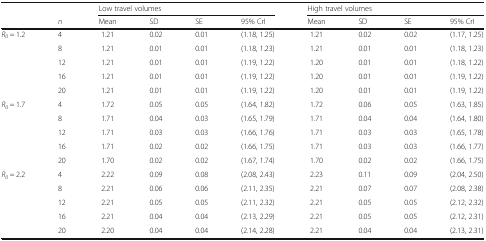
<table><thead><tr><td rowspan="2"></td><td></td><td colspan="4"><b>Low travel volumes</b></td><td colspan="4"><b>High travel volumes</b></td></tr><tr><td><b><i>n</i></b></td><td><b>Mean</b></td><td><b>SD</b></td><td><b>SE</b></td><td><b>95% CrI</b></td><td><b>Mean</b></td><td><b>SD</b></td><td><b>SE</b></td><td><b>95% CrI</b></td></tr></thead><tbody><tr><td rowspan="5"><i>R</i><sub><i>0</i></sub> = 1.2</td><td>4</td><td>1.21</td><td>0.02</td><td>0.01</td><td>(1.18, 1.25)</td><td>1.21</td><td>0.02</td><td>0.02</td><td>(1.17, 1.25)</td></tr><tr><td>8</td><td>1.21</td><td>0.01</td><td>0.01</td><td>(1.18, 1.23)</td><td>1.21</td><td>0.01</td><td>0.01</td><td>(1.18, 1.23)</td></tr><tr><td>12</td><td>1.21</td><td>0.01</td><td>0.01</td><td>(1.19, 1.22)</td><td>1.20</td><td>0.01</td><td>0.01</td><td>(1.18, 1.22)</td></tr><tr><td>16</td><td>1.21</td><td>0.01</td><td>0.01</td><td>(1.19, 1.22)</td><td>1.20</td><td>0.01</td><td>0.01</td><td>(1.19, 1.22)</td></tr><tr><td>20</td><td>1.21</td><td>0.01</td><td>0.01</td><td>(1.19, 1.22)</td><td>1.20</td><td>0.01</td><td>0.01</td><td>(1.19, 1.22)</td></tr><tr><td rowspan="5"><i>R</i><sub><i>0</i></sub> = 1.7</td><td>4</td><td>1.72</td><td>0.05</td><td>0.05</td><td>(1.64, 1.82)</td><td>1.72</td><td>0.06</td><td>0.05</td><td>(1.63, 1.85)</td></tr><tr><td>8</td><td>1.71</td><td>0.04</td><td>0.03</td><td>(1.65, 1.79)</td><td>1.71</td><td>0.04</td><td>0.04</td><td>(1.64, 1.80)</td></tr><tr><td>12</td><td>1.71</td><td>0.03</td><td>0.03</td><td>(1.66, 1.76)</td><td>1.71</td><td>0.03</td><td>0.03</td><td>(1.65, 1.78)</td></tr><tr><td>16</td><td>1.71</td><td>0.02</td><td>0.02</td><td>(1.66, 1.75)</td><td>1.71</td><td>0.03</td><td>0.03</td><td>(1.66, 1.77)</td></tr><tr><td>20</td><td>1.70</td><td>0.02</td><td>0.02</td><td>(1.67, 1.74)</td><td>1.70</td><td>0.02</td><td>0.02</td><td>(1.66, 1.75)</td></tr><tr><td rowspan="5"><i>R</i><sub><i>0</i></sub> = 2.2</td><td>4</td><td>2.22</td><td>0.09</td><td>0.08</td><td>(2.08, 2.43)</td><td>2.23</td><td>0.11</td><td>0.09</td><td>(2.04, 2.50)</td></tr><tr><td>8</td><td>2.21</td><td>0.06</td><td>0.06</td><td>(2.11, 2.35)</td><td>2.21</td><td>0.07</td><td>0.07</td><td>(2.08, 2.38)</td></tr><tr><td>12</td><td>2.21</td><td>0.05</td><td>0.05</td><td>(2.11, 2.32)</td><td>2.21</td><td>0.05</td><td>0.05</td><td>(2.12, 2.32)</td></tr><tr><td>16</td><td>2.21</td><td>0.04</td><td>0.04</td><td>(2.13, 2.29)</td><td>2.21</td><td>0.05</td><td>0.05</td><td>(2.12, 2.31)</td></tr><tr><td>20</td><td>2.20</td><td>0.04</td><td>0.04</td><td>(2.14, 2.28)</td><td>2.21</td><td>0.04</td><td>0.04</td><td>(2.13, 2.31)</td></tr></tbody></table>